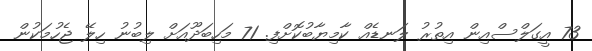
73 އީގަލްސްއިން އިތުރު ލަނޑެއް ކާމިޔާބުކޮށްފި. 71 މަހިބަދޫއަށް ލިބުނު ހިލޭ ޖެހުމަކުން